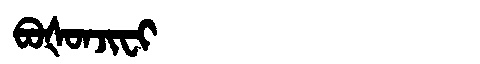
Manchu: ᠪᠣᡧᠣᠨᠵᡳᠸᡳ
Romanization: BOŠONJIFI